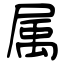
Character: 属